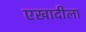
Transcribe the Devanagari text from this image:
एखादीला